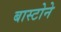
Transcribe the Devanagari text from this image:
बास्टोने